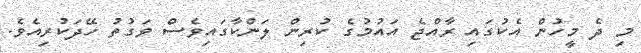
މި ދެ މީހުން އެކުގައި ރާއްޖެ އައުމުގެ ކުރިން ލަންކާގައިވެސް ވަގުތު ހޭދަކުރިއެވެ.